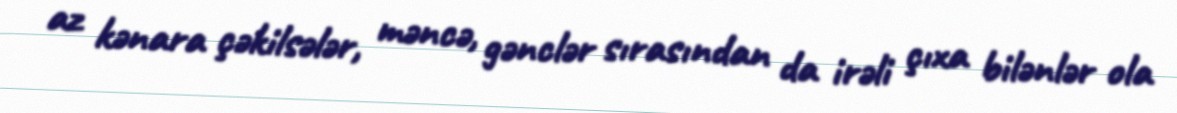
az kənara çəkilsələr, məncə, gənclər sırasından da irəli çıxa bilənlər ola